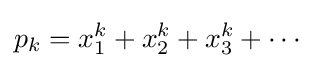
p_{k}=x_{1}^{k}+x_{2}^{k}+x_{3}^{k}+\cdots